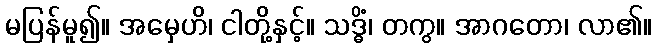
မပြန်မူ၍။ အမှေဟိ၊ ငါတို့နှင့်။ သဒ္ဓိံ၊ တကွ။ အာဂတော၊ လာ၏။